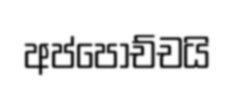
අප්පොච්චයි